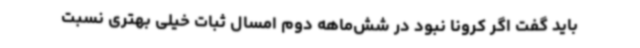
باید گفت اگر کرونا نبود در شش‌ماهه دوم امسال ثبات خیلی بهتری نسبت